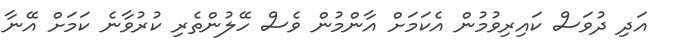
އަދި ދުވަސް ކައިރިވުމުން އެކަމަށް އާންމުން ވެސް ހޭލުންތެރި ކުރުވާނެ ކަމަށް އޭނާ